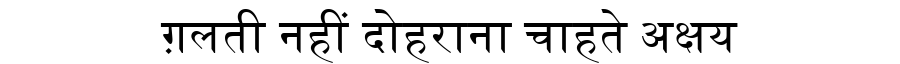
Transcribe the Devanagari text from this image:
ग़लती नहीं दोहराना चाहते अक्षय